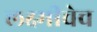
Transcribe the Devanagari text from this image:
लक्ष्मीचेच